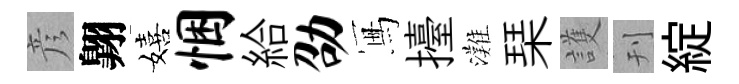
彦翺嬉悃給劭冩擡灘琹護刊綻